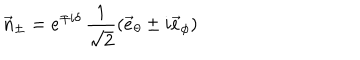
\vec { n } _ { \pm } = e ^ { \mp i \delta } \, \frac { 1 } { \sqrt { 2 } } ( \vec { e } _ { \theta } \pm i \vec { e } _ { \phi } )